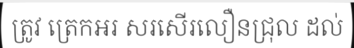
ត្រូវ ត្រេកអរ សរសើរលឿនជ្រុល ដល់